Indian Medical Review
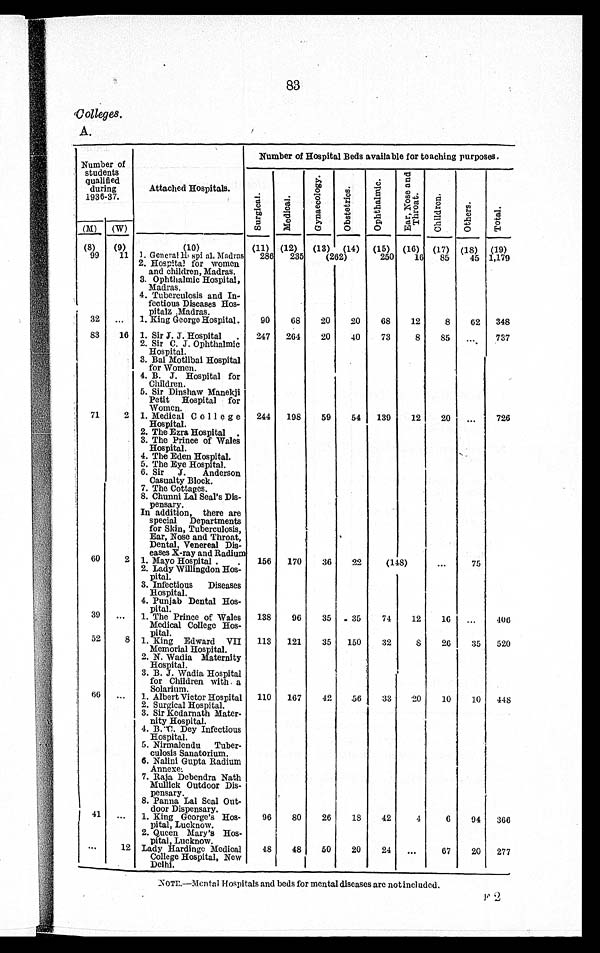
83
Colleges.
A
Number of
students
qualified
during
1936-37.
Attached Hospitals.
Number of Hospital Beds available for teaching purposes.
S u r g i c a l .
Me di c a l .
G y n a e c o l o g y .
O b s t e t r i c s .
O p h t h a l m i c .
E a r , N o s e a n d T h r o a t
Ch i l d r e n
Ot her s
Tot al
(M) (W)
(8)
(9)
(10)
(11) (12) (13) (14) (15) (16) (17) (18) (19)
99
11 1. General Hospital Madras 286 235
(262)
250
16 85
45 1 ,179
2. Hospital for women
and children, Madras.
3. Ophthalmic Hospital,
Madras.
4. Tuberculosis and In
fectious Diseases Hos
pitalz Madras.
32
1. King George Hospital.
90
68
20
20
68
12
8
62 348
83
16 1. Sir J. J. Hospital. 247 264
20
40
73
8
8
737
2. Sir C. J. Ophthalmic
Hospital.
3. Bai Motlibai Hospital
for Women.
4. B. J. Hospital for
Children.
5. Sir Dinshaw Manekji
Petit Hospital for
Women.
71
2 1. Medical College
Hospital.
244 198
59
54 139
12
20
726
2. The Ezra Hospital .
3. The Prince of Wales
Hospital.
4. The Eden Hospital.
5. The Eye Hospital.
6. Sir J. Anderson
Casualty Block.
7. The Cottages.
8. Chunni Lal Seal’s Dis
pensary.
In special
addition, there are
Departments
for Skin, Tuberculosis,
Ear, Nose and Throat,
Dental, Venereal Dis
eases X-ray and Radium
60
2 1. Mayo Hospital .. 156 170
36
22
(148)
75
2. Lady Willingdon Hos
pital.
3. Infectious Diseases
Hospital.
4. Punjab Dental Hos
pital.
39
1. The Prince of Wales
Medical College Hos
pital.
138
96
35
- 3 5 74 12
16
406
52
8 1. King Edward VII
Memorial Hospital.
113 121
35 150
32
8
26
35 520
2. N. Wadia Maternity
Hospital.
3. B. J. Wadia Hospital
for Children with .a
Solarium.
66
1. Albert Victor Hospital 110 167
42
56
33
20
10
10 448
2. Surgical Hospital.
3. Sir Kedarnath Mate
rnity Hospital.
4. B. C. Dey Infectious
Hospital.
5. Nirmalendu Tuber
culosis Sanatorium.
6. Nalini Gupta Radium
Annexe:
7. Raja Debendra Nath
Mullick Outdoor Dis
pensary.
8. Panna Lal Seal Out
door Dispensary.
41
1. King George’s Hos
pital, Lucknow.
96
80
26
18
42
4
6
94 366
2. Queen Mary’s Hos
pital, Lucknow.
12 Lady Hardinge Medical
College Hospital, New
Delhi.
48
48
50
20
24
67
20 277
NOTE.–Mental Hospitals and beds for mental diseases are not included.
F 2